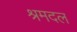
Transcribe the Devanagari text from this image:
श्रमदल